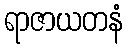
ရာဇာယတနံ